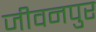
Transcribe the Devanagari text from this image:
जीवनपुर